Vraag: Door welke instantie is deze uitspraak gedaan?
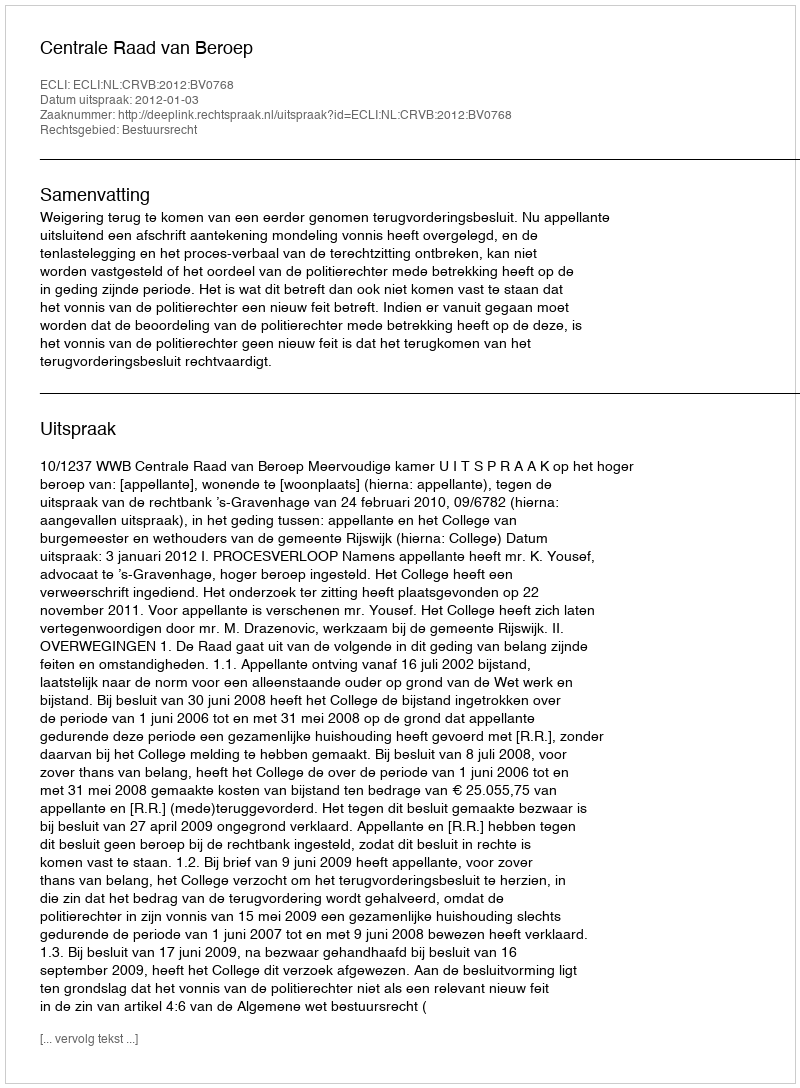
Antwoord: Centrale Raad van Beroep